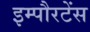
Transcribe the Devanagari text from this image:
इम्पौरटेंस